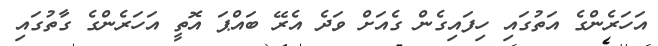
އަހަރެންގެ އަތުގައި ހިފައިގެން ގެއަށް ވަދެ އެރޭ ބައްޕަ އޮތީ އަހަރެންގެ ގާތުގައި